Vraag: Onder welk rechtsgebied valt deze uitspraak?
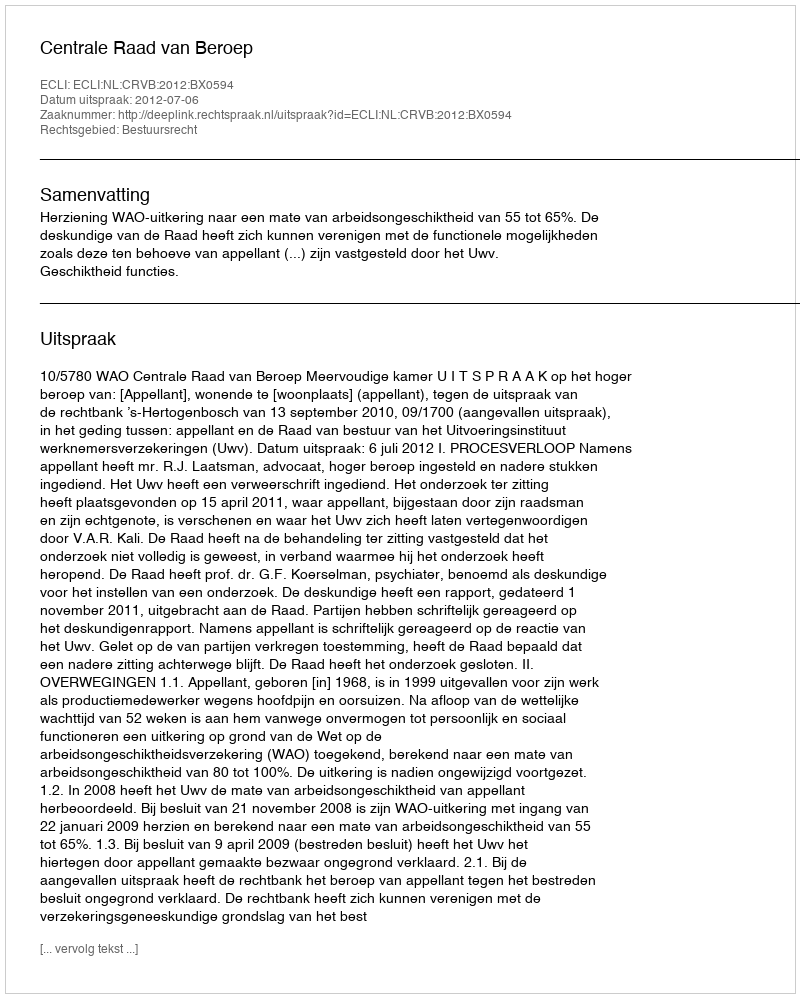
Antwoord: Bestuursrecht